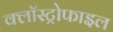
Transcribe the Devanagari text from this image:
क्लॉस्ट्रोफाइल